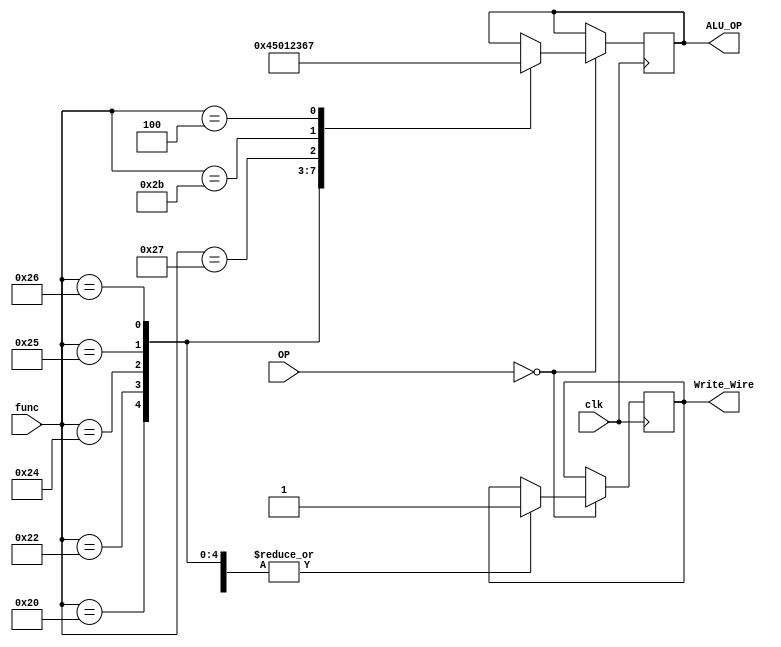
`timescale 1ns / 1ps

module decode(
    input clk,
    input [5:0] OP,
    input [5:0] func,
    output [3:0] ALU_OP,
    output Write_Wire
    );
    reg Write_Reg;
    reg [3:0] ALU_OP_reg;
    initial begin
        Write_Reg = 0;
    end
    always @(posedge clk) begin
        if(clk) begin
            if(OP == 6'b000000) begin
                case(func)
                    6'b100000: begin ALU_OP_reg = 4'b0100; Write_Reg = 1; end
                    6'b100010: begin ALU_OP_reg = 4'b0101; Write_Reg = 1; end
                    6'b100100: begin ALU_OP_reg = 4'b0000; Write_Reg = 1; end
                    6'b100101: begin ALU_OP_reg = 4'b0001; Write_Reg = 1; end
                    6'b100110: begin ALU_OP_reg = 4'b0010; Write_Reg = 1; end
                    6'b100111: begin ALU_OP_reg = 4'b0011; Write_Reg = 1; end
                    6'b101011: begin ALU_OP_reg = 4'b0110; Write_Reg = 1; end
                    6'b000100: begin ALU_OP_reg = 4'b0111; Write_Reg = 1; end
                endcase
            end
        end
    end
    assign ALU_OP = ALU_OP_reg;
    assign Write_Wire = Write_Reg;
endmodule